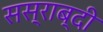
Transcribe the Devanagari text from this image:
सस्राब्दी